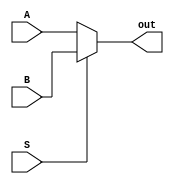
/*  * Module: nbitReg.v  
* Project: milestone 2  
jannah soliman- jannahsoliman9@aucegypt.edu
* Description: nbit multiplexer 
*  
* Change history: 10/4/23 -  added module
               
*  **********************************************************************/
module nbitmux #(parameter N=32)
( 
input [N-1:0]A,
input [N-1:0]B,
input S, 
output [N-1:0]out

 );
 
 assign out = S? B:A;
 endmodule